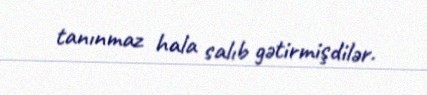
tanınmaz hala salıb gətirmişdilər.